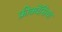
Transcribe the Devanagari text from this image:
फ्रीक्वेंसियां